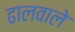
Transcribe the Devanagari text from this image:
ढालवाले